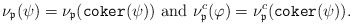
\begin{align*}\nu_{\frak p}(\psi)=\nu_{\frak p}(\texttt{coker}(\psi)) \hbox{ and } \nu^c_{\frak p}(\varphi)=\nu^c_{\frak p}(\texttt{coker}(\psi)).\end{align*}